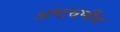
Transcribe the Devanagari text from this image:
अष्टवर्णीय